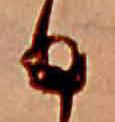
日